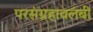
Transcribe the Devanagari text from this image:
परसंग्रहावलंबी